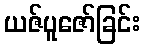
ယဇ်ပူဇော်ခြင်း